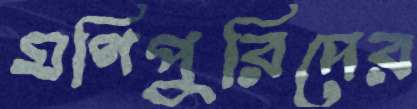
মণিপুরিদের